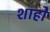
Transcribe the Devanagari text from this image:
शाहो